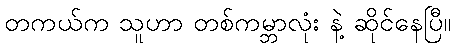
တကယ်က သူဟာ တစ်ကမ္ဘာလုံး နဲ့ ဆိုင်နေပြီ။